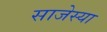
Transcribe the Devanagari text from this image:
साजेस्या